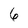
Character: 6